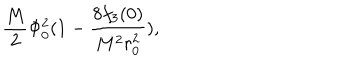
\frac { M } { 2 } \Phi _ { 0 } ^ { 2 } ( 1 - \frac { 8 f _ { 3 } ( 0 ) } { M ^ { 2 } r _ { 0 } ^ { 2 } } ) ,